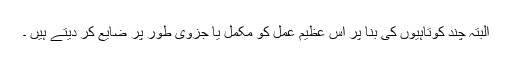
البتہ چند کوتاہیوں کی بنا پر اس عظیم عمل کو مکمل یا جزوی طور پر ضایع کر دیتے ہیں ۔